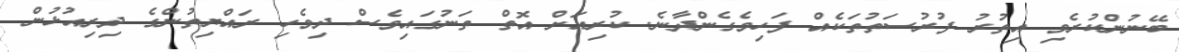
ބޭނުންކުރެވި އިތުރު ފުރުސަތުތަކެއް ފަހިވެގެންދާނެ. ކުރިއަށް އޮތް ތަނުގައިވެސް ދިވެހި ރައްޔިތުންގެ ދިރިއުޅުން